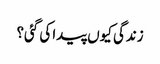
زندگی کیوں پیدا کی گئی؟